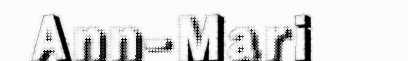
Ann-Mari